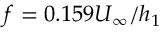
f = 0 . 1 5 9 U _ { \infty } / h _ { 1 }